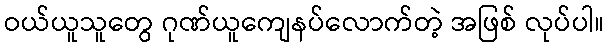
ဝယ်ယူသူတွေ ဂုဏ်ယူကျေနပ်လောက်တဲ့ အဖြစ် လုပ်ပါ။